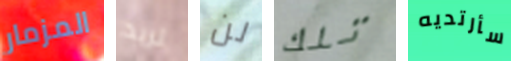
المزمار تريد لن تلك سأرتديه